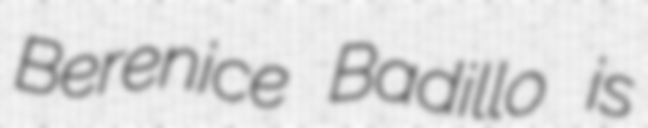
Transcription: Berenice Badillo is